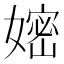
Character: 𭒛